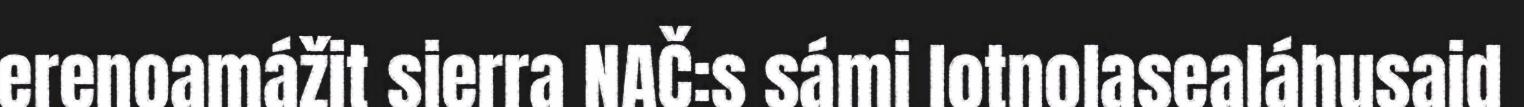
erenoamážit sierra NAČ:s sámi lotnolasealáhusaid